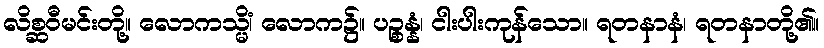
လိစ္ဆဝီမင်းတို့။ လောကသ္မိံ၊ လောက၌။ ပဉ္စန္နံ၊ ငါးပါးကုန်သော။ ရတနာနံ၊ ရတနာတို့၏။